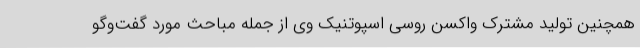
همچنین تولید مشترک واکسن روسی اسپوتنیک وی از جمله مباحث مورد گفت‌وگو